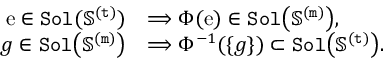
\begin{array} { r l } { \mathrm { e } \in \mathtt { S o l ( \mathbb { S } ^ { \mathtt { ( t ) } } ) } } & { \Longrightarrow \Phi ( \mathrm { e } ) \in \mathtt { S o l \big ( \mathbb { S } ^ { \mathtt { ( m ) } } \big ) } , } \\ { g \in \mathtt { S o l \big ( \mathbb { S } ^ { \mathtt { ( m ) } } \big ) } } & { \Longrightarrow \Phi ^ { - 1 } ( \{ g \} ) \subset \mathtt { S o l \big ( \mathbb { S } ^ { \mathtt { ( t ) } } \big ) } . } \end{array}